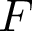
F